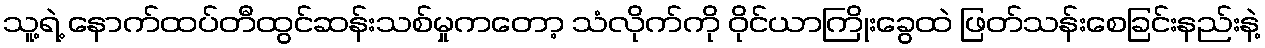
သူ့ရဲ့ နောက်ထပ်တီထွင်ဆန်းသစ်မှုကတော့ သံလိုက်ကို ဝိုင်ယာကြိုးခွေထဲ ဖြတ်သန်းစေခြင်းနည်းနဲ့